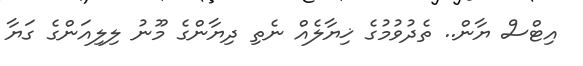
އިޓްސް ޔާން.. ތެދުވުމުގެ ޚިޔާލެއް ނެތި ދިޔާންގެ މޫނު ލިލިއަންގެ ގަޔާ